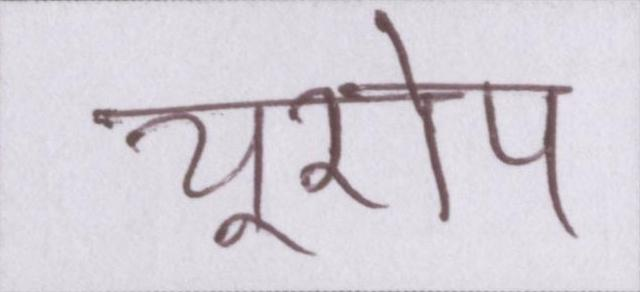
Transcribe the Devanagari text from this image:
यूरोप